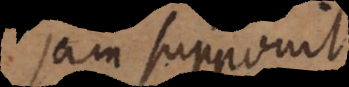
jam supponit